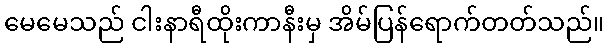
မေမေသည် ငါးနာရီထိုးကာနီးမှ အိမ်ပြန်ရောက်တတ်သည်။